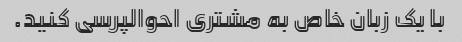
با یک زبان خاص به مشتری احوالپرسی کنید.